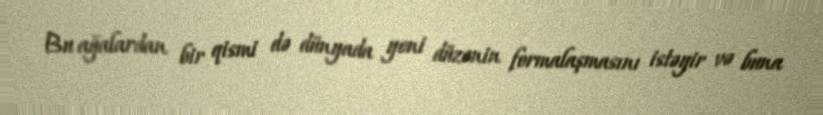
Bu ağalardan bir qismi də dünyada yeni düzənin formalaşmasını istəyir və buna